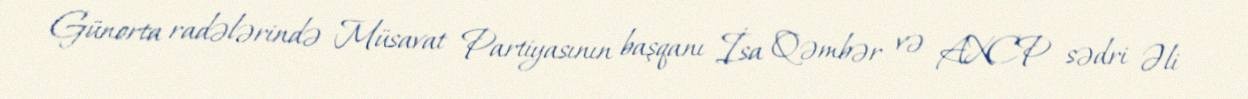
Günorta radələrində Müsavat Partiyasının başqanı İsa Qəmbər və AXCP sədri Əli